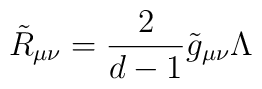
\tilde R_{\mu\nu} = \frac{2}{d-1}\tilde g_{\mu\nu} \Lambda